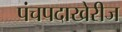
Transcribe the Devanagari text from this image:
पंचपदाखेरीज